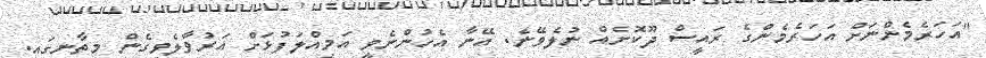
"އަހަރެމެންނަށް އަހަރެމެންގެ ރައީސް ދޫކޮށެއް ނުލެވޭނެ. އޭނާ އެހުންނެވީ އަމިއްލަފުޅަށް އަރުވާލެވިގެން މިތާނގައި.